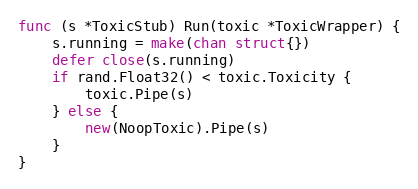
Language: Go
func (s *ToxicStub) Run(toxic *ToxicWrapper) {
	s.running = make(chan struct{})
	defer close(s.running)
	if rand.Float32() < toxic.Toxicity {
		toxic.Pipe(s)
	} else {
		new(NoopToxic).Pipe(s)
	}
}